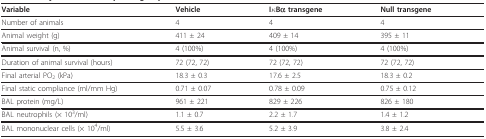
| Variable | Vehicle | IκBα transgene | Null transgene |
 | --- | --- | --- | --- |
 | Number of animals | 4 | 4 | 4 |
 | Animal weight (g) | 411 ± 24 | 409 ± 14 | 395 ± 11 |
 | Animal survival (n, %) | 4 (100%) | 4 (100%) | 4 (100%) |
 | Duration of animal survival (hours) | 72 (72, 72) | 72 (72, 72) | 72 (72, 72) |
 | Final arterial PO2 (kPa) | 18.3 ± 0.3 | 17.6 ± 2.5 | 18.3 ± 0.2 |
 | Final static compliance (ml/mm Hg) | 0.71 ± 0.07 | 0.78 ± 0.09 | 0.75 ± 0.12 |
 | BAL protein (mg/L) | 961 ± 221 | 829 ± 226 | 826 ± 180 |
 | BAL neutrophils (× 103/ml) | 1.1 ± 0.7 | 2.2 ± 1.7 | 1.4 ± 1.2 |
 | BAL mononuclear cells (× 104/ml) | 5.5 ± 3.6 | 5.2 ± 3.9 | 3.8 ± 2.4 |